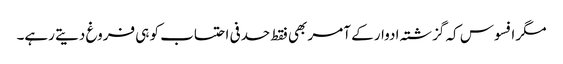
مگر افسوس کہ گزشتہ ادوار کے آمر بھی فقط حدفی احتساب کو ہی فروغ دیتے رہے۔